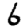
Digit: 6